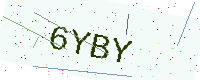
Text: 6YBY